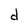
Character: d